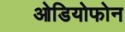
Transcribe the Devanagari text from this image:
ओडियोफोन